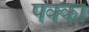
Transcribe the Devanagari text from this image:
पक्‍का